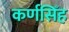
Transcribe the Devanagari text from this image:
कर्णसिँह